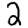
Digit: 2